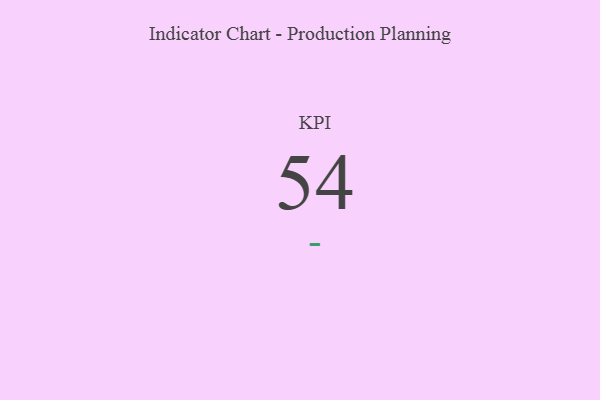
{"axis": {"x": "KPI", "y": "Value"}, "legend": [""], "data": [{"x": "KPI", "y": 54, "type": ""}]}